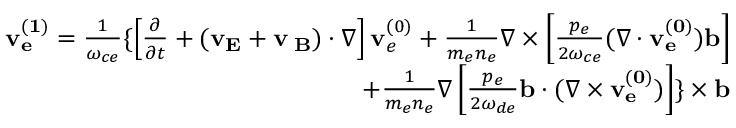
\begin{array} { r } { \begin{array} { r } { { \bf v _ { e } ^ { ( 1 ) } } = \frac { 1 } { \omega _ { c e } } \{ \left[ \frac { \partial } { \partial t } + ( { \bf v _ { E } } + { \bf v _ { \nabla B } } ) \cdot \nabla \right] { \bf v } _ { e } ^ { ( 0 ) } + \frac { 1 } { m _ { e } n _ { e } } \nabla \times \left[ \frac { p _ { e } } { 2 \omega _ { c e } } ( \nabla \cdot { \bf v _ { e } ^ { ( 0 ) } } ) { \bf b } \right] } \\ { + \frac { 1 } { m _ { e } n _ { e } } \nabla \left[ \frac { p _ { e } } { 2 \omega _ { d e } } { \bf b } \cdot ( \nabla \times { \bf v _ { e } ^ { ( 0 ) } } ) \right] \} \times { \bf b } } \end{array} } \end{array}